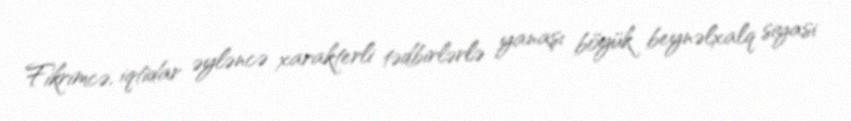
Fikrimcə, iqtidar əyləncə xarakterli tədbirlərlə yanaşı böyük beynəlxalq siyasi